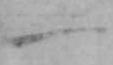
一